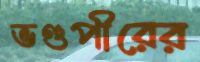
ভণ্ডপীরের